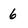
Character: 6